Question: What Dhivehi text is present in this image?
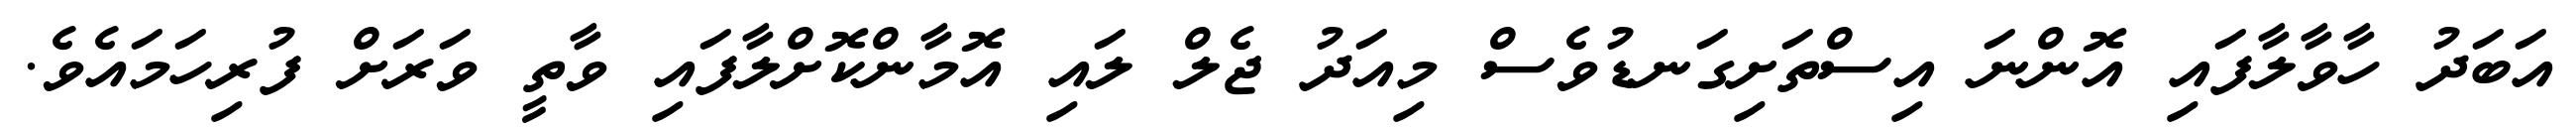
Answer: އަބަދު ހާވާލާފައި އޮންނަ އިސްތަށިގަނޑުވެސް މިއަދު ޖެލް ލައި އޮމާންކޮށްލާފައި ވާތީ ވަރަށް ފުރިހަމައެވެ.